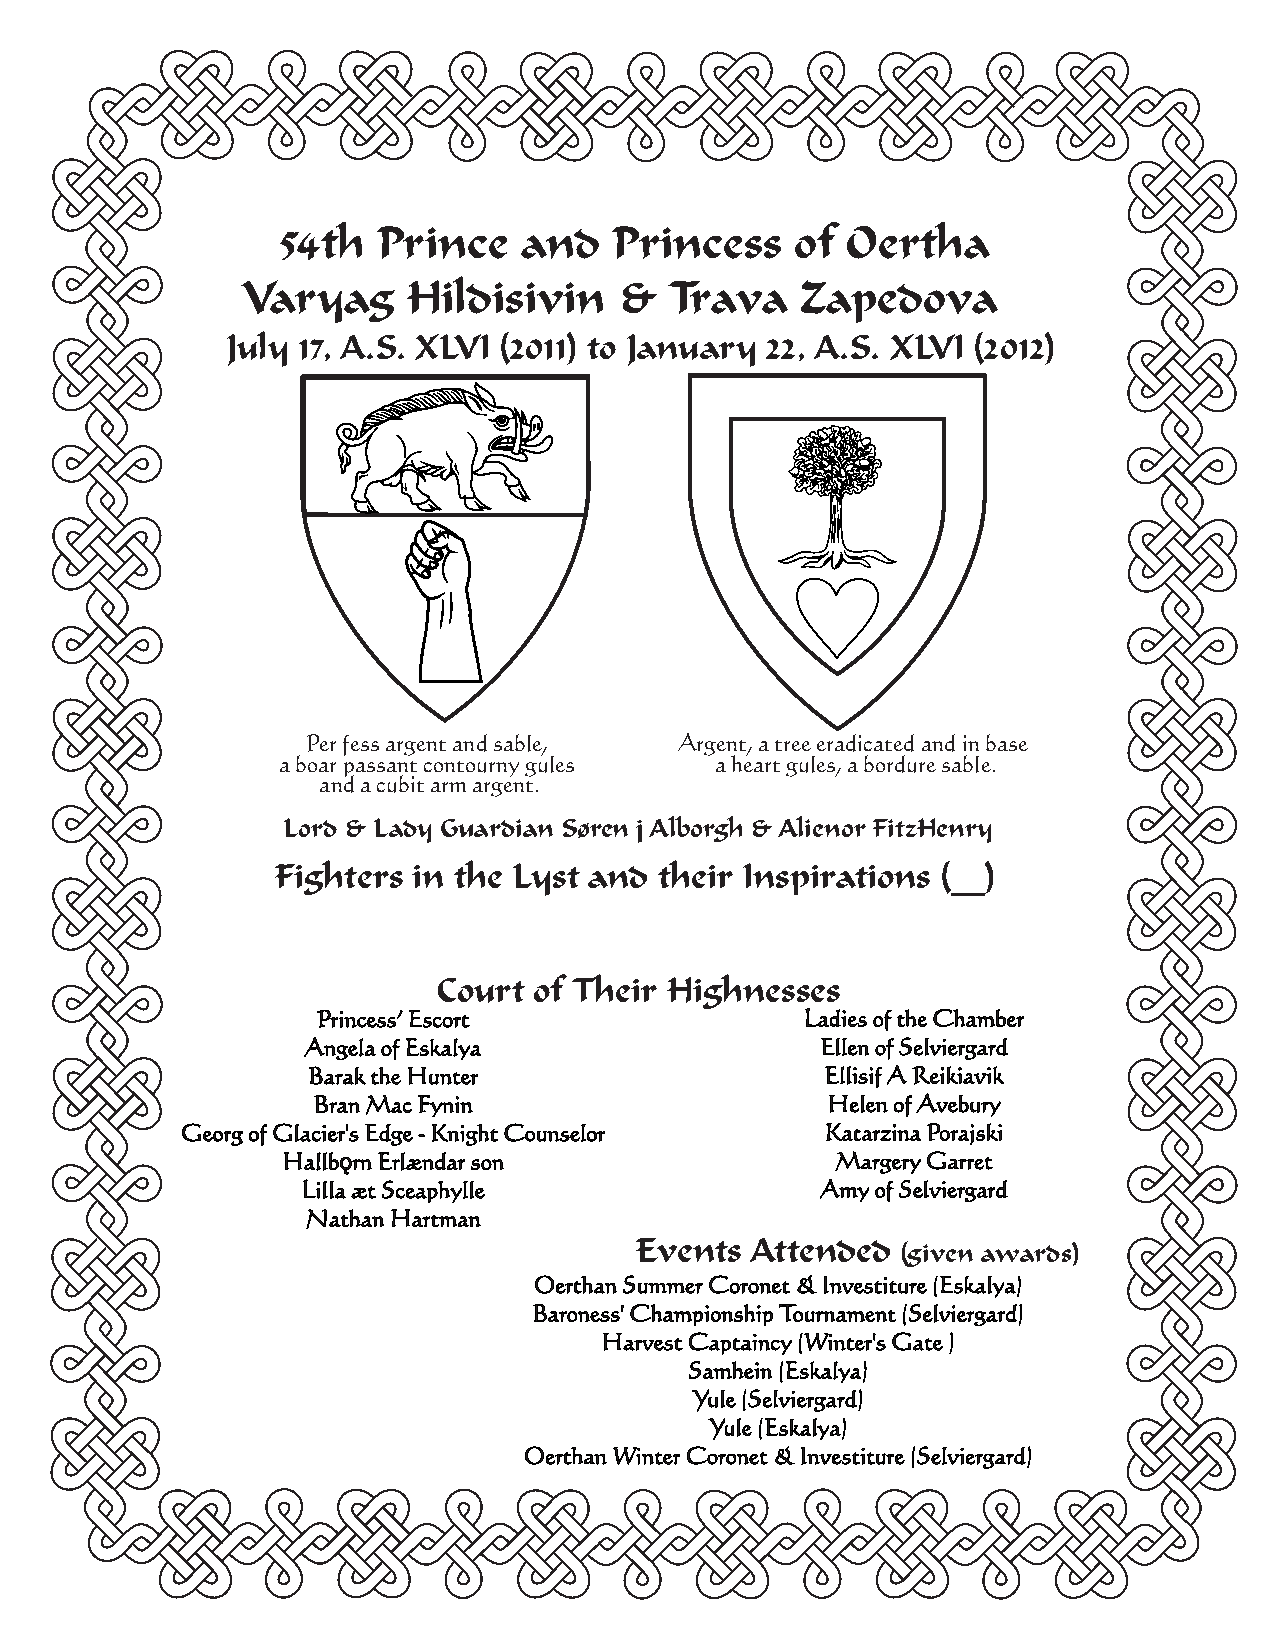
54th   Prince   and    Princess    of Oertha
 Varyag     Hildisivin    &  Trava    Zapedova
 July 17, A.S. XLVI (2011) to January 22, A.S. XLVI (2012)
 Per fess argent and sable, Argent, a tree eradicated and in base
 a boar passant contourny gules a heart gules, a bordure sable.
 and a cubit arm argent.
 Lord & Lady Guardian Søren j Alborgh & Alienor FitzHenry
 Fighters in the Lyst and  their Inspirations (__)
 CCoouurrtt ooff TThheeiirr HHiigghhnneesssseess
 Princess’ Escort                Ladies of the Chamber
 Angela of Eskalya                 Ellen of Selviergard
 Barak the Hunter                   Ellisif A Reikiavik
 Bran Mac Fynin                    Helen of Avebury
 Georg of Glacier's Edge - Knight Counselor Katarzina Porajski
 Hallbǫrn Erlændar son               Margery Garret
 Lilla æt Sceaphylle               Amy of Selviergard
 Nathan Hartman
 Events  Attended
 (given awards)
 Oerthan Summer Coronet & Investiture (Eskalya)
 Baroness' Championship Tournament (Selviergard)
 Harvest Captaincy (Winter's Gate )
 Samhein (Eskalya)
 Yule (Selviergard)
 Yule (Eskalya)
 Oerthan Winter Coronet & Investiture (Selviergard)